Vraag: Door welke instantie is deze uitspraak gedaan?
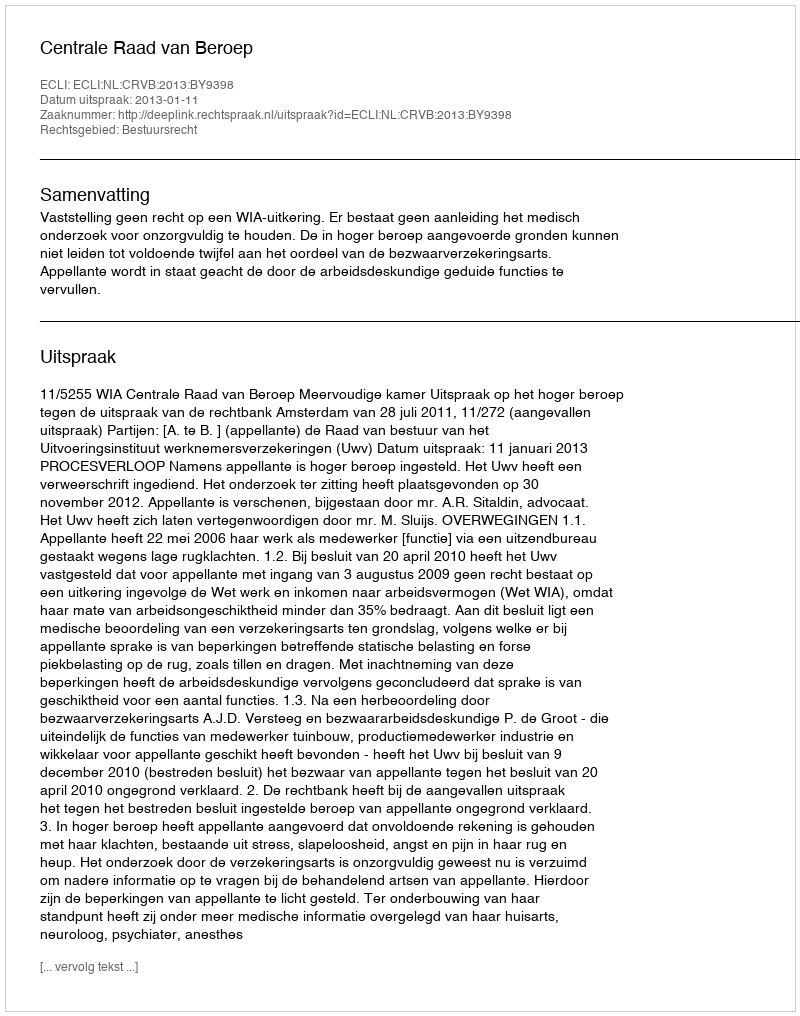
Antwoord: Centrale Raad van Beroep